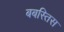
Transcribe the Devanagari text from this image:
बबस्तिस